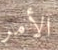
الأمر